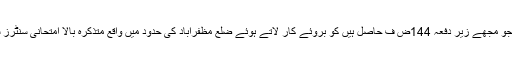
مسعود الرحمن ڈسٹرکٹ مجسٹریٹ مظفرآباد ان اختیارات کی روس سے جو مجھے زیر دفعہ 144ض ف حاصل ہیں کو بروئے کار لاتے ہوئے ضلع مظفرآباد کی حدود میں واقع متذکرہ بالا امتحانی سنٹرز سے 200گز کے فاصلے تک بیرونی مداخلت پر پابندی عائد کرتا ہوں ۔